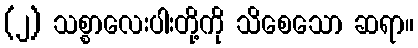
(၂) သစ္စာလေးပါးတို့ကို သိစေသော ဆရာ။